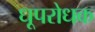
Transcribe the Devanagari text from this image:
धूपरोधक